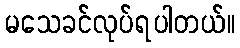
မသေခင်လုပ်ရပါတယ်။